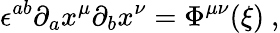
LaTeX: \epsilon^{ab}\partial_{a}x^{\mu}\partial_{b}x^{\nu}=\Phi^{\mu\nu}({\xi})\ ,